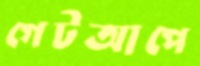
গেটআপে